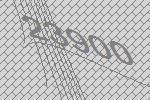
23900